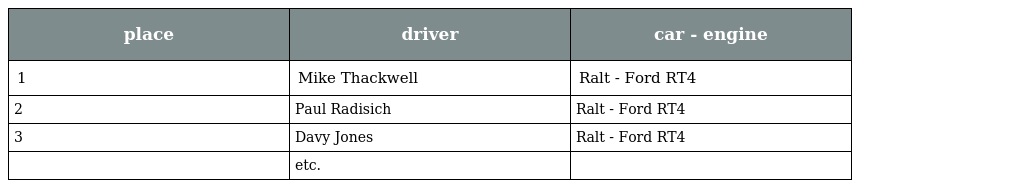
| place | driver | car - engine |
 | --- | --- | --- |
 | 1 | Mike Thackwell | Ralt - Ford RT4 |
 | 2 | Paul Radisich | Ralt - Ford RT4 |
 | 3 | Davy Jones | Ralt - Ford RT4 |
 |  | etc. |  |